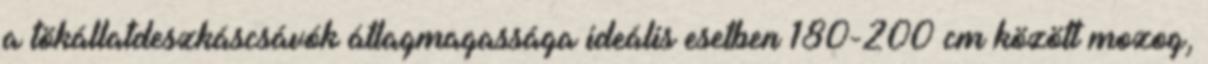
a tökállatdeszkáscsávók átlagmagassága ideális esetben 180-200 cm között mozog,